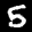
Label: 5